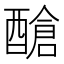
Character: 䤌